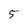
Character: 5